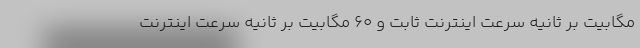
مگابیت بر ثانیه سرعت اینترنت ثابت و ۶۰ مگابیت بر ثانیه سرعت اینترنت